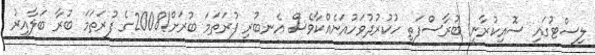
ލިސްޓުގައި ސޮއިކުރާނީ ބުރާސްފަތި ހުކުރުދުވަހުއަނެއްކާވެސް އެނބުރި ފުރަތަމަ ބުރަށް!2008ގެ ފުރަތަމަ ބުރާ ބަލާއިރު